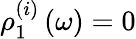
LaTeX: \rho_{1}^{(i)}\left(\omega\right)=0